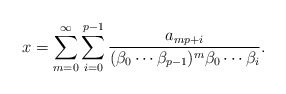
\begin{align*}x=\sum_{m=0}^\infty \sum_{i=0}^{p-1} \frac{a_{mp+i}}{(\beta_0\cdots\beta_{p-1})^m\beta_0\cdots\beta_i}.\end{align*}